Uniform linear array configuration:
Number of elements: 4
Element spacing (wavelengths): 0.75
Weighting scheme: binomial
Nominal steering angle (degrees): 0
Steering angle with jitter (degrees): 0.8891
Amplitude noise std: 0.05
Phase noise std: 0.05

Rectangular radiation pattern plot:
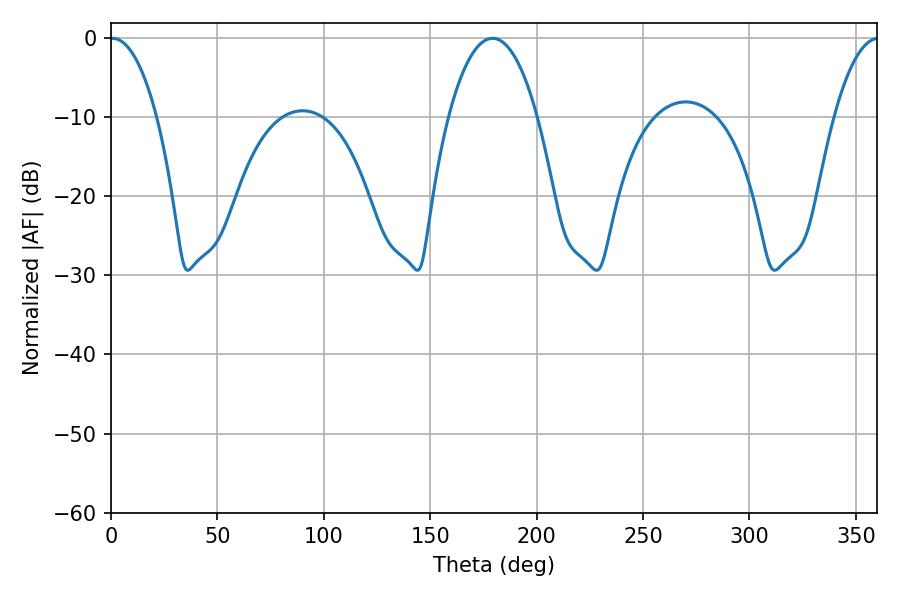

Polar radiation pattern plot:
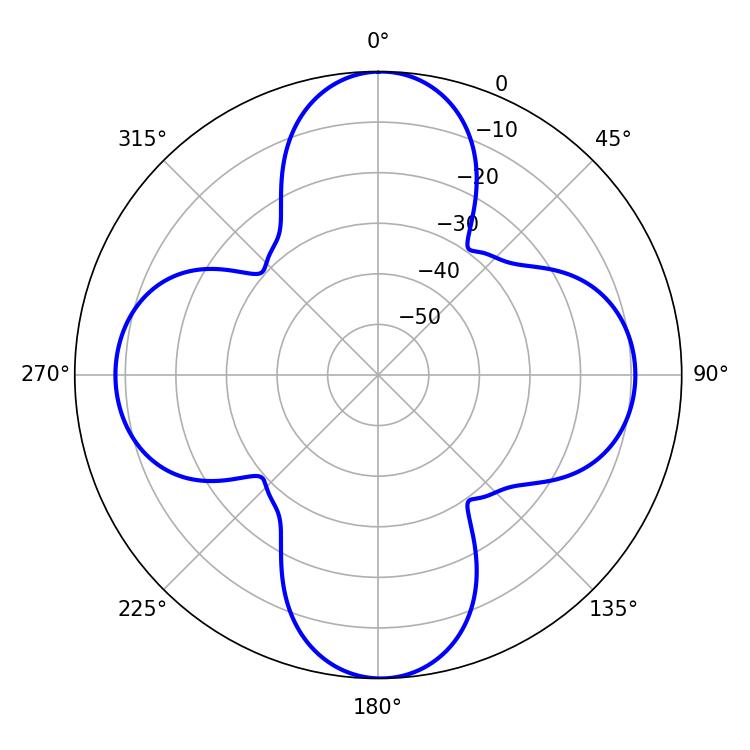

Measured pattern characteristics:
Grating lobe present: TRUE
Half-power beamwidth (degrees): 12.42
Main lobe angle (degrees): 0.72